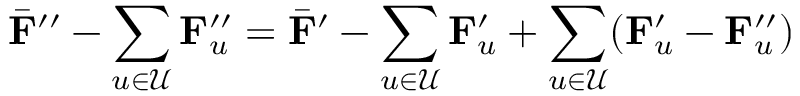
\bar { { \mathbf { F } } } ^ { \prime \prime } - \sum _ { u \in \mathcal { U } } { \mathbf { F } } _ { u } ^ { \prime \prime } = \bar { { \mathbf { F } } } ^ { \prime } - \sum _ { u \in \mathcal { U } } { \mathbf { F } } _ { u } ^ { \prime } + \sum _ { u \in \mathcal { U } } ( { \mathbf { F } } _ { u } ^ { \prime } - { \mathbf { F } } _ { u } ^ { \prime \prime } )